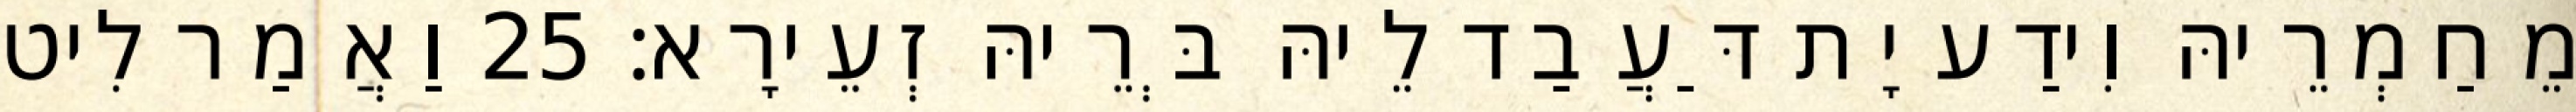
מֵחַמְרֵיהּ וִידַע יָת דַּעֲבַד לֵיהּ בְּרֵיהּ זְעֵירָא׃ 25 וַאֲמַר לִיט